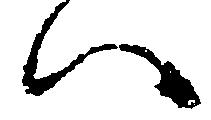
い